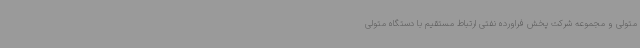
متولی و مجموعه شرکت پخش فراورده نفتی ارتباط مستقیم با دستگاه متولی